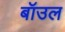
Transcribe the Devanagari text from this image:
बॉउल